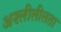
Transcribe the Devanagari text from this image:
अश्लीलीलता